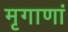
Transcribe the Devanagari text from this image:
मृगाणां